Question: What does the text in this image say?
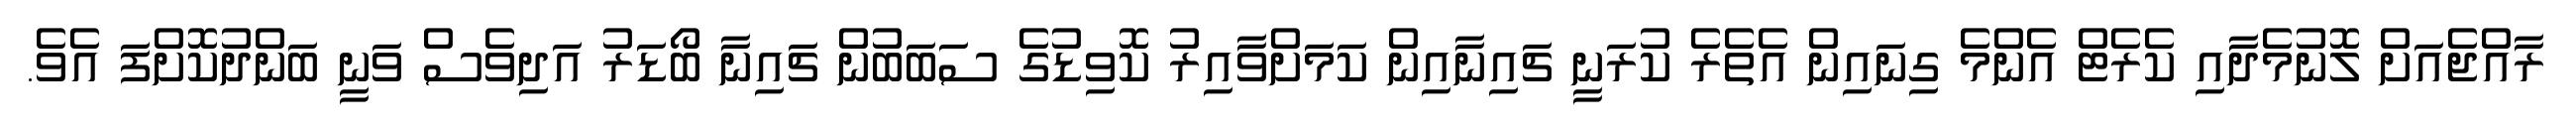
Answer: ރާއްޖެއަށް ލޮނުމެދާއި ކެރެޓް އެންމެ ގިނައިން އެތެރެ ކުރަނީ ޗައިނާއިން ކަމަށްވާއިރު ކޮވިޑުގެ ސަބަބުން ޗައިނާ ބޯޑަރު އަދިވެސް ވަނީ ބަންދުކޮށްފަ އެވެ.